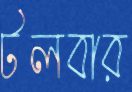
টলবার